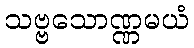
သဗ္ဗသောဏ္ဏမယံ